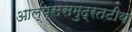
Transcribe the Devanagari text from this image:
आल्प्ससमुद्रतटीय